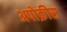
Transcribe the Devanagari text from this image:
अपोक्रीस